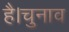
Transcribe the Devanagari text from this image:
है।चुनाव